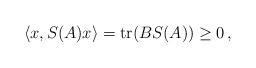
LaTeX: \begin{align*}\langle x,S(A)x\rangle=\operatorname{tr}(BS(A))\geq 0\,,\end{align*}